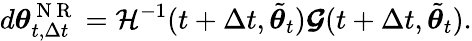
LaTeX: d{\boldsymbol{\theta}}_{t,\Delta t}^{\mathrm{~N~R~}}=\mathcal{H}^{-1}(t+\Delta t,\tilde{{\boldsymbol{\theta}}}_{t})\boldsymbol{\mathcal{G}}(t+\Delta t,\tilde{{\boldsymbol{\theta}}}_{t}).